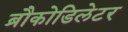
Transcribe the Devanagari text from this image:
ब्रौकोडिलेटर